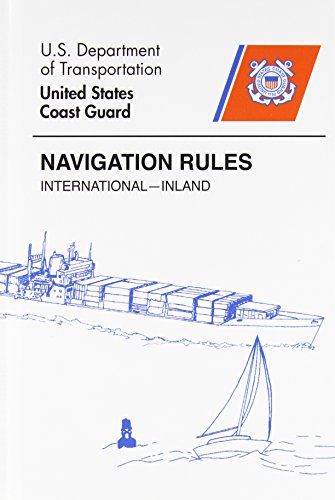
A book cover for Navigation Rules; U. S. Coast Guard; Law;